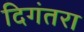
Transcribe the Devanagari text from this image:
दिगंतरा